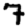
Digit: 7